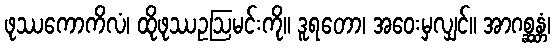
ဖုဿကောကိလံ၊ ထိုဖုဿဥဩမင်းကို။ ဒူရတော၊ အဝေးမှလျှင်။ အာဂစ္ဆန္တံ၊